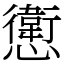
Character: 㦣